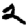
Digit: 2